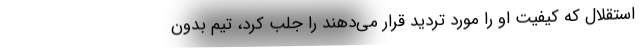
استقلال که کیفیت او را مورد تردید قرار می‌دهند را جلب کرد، تیم بدون